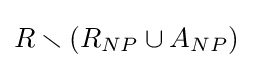
R\smallsetminus (R_{NP}\cup A_{NP})